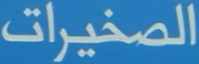
الصخيرات